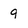
Character: 9